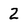
Character: 2